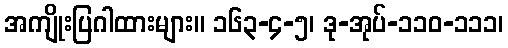
အကျိုးပြဂါထားများ။ ၁၆၃-၄-၅၊ ဒု-အုပ်-၁၁၀-၁၁၁၊